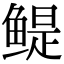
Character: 鳀